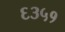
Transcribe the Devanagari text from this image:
६३५१